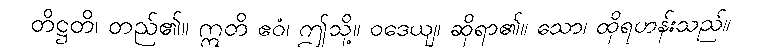
တိဋ္ဌတိ၊ တည်၏။ ဣတိ ဧဝံ၊ ဤသို့။ ဝဒေယျ၊ ဆိုရာ၏။ သော၊ ထိုရဟန်းသည်။